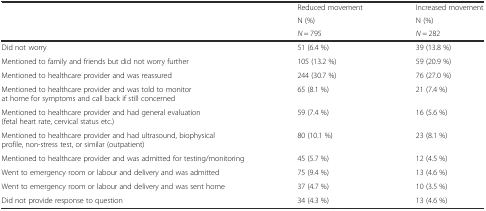
| <ROWSPAN=3>  | Reduced movement | Increased movement |
 | N (%) | N (%) |
 | N = 795 | N = 282 |
 | --- | --- | --- |
 | Did not worry | 51 (6.4 %) | 39 (13.8 %) |
 | Mentioned to family and friends but did not worry further | 105 (13.2 %) | 59 (20.9 %) |
 | Mentioned to healthcare provider and was reassured | 244 (30.7 %) | 76 (27.0 %) |
 | Mentioned to healthcare provider and was told to monitor at home for symptoms and call back if still concerned | 65 (8.1 %) | 21 (7.4 %) |
 | Mentioned to healthcare provider and had general evaluation (fetal heart rate, cervical status etc.) | 59 (7.4 %) | 16 (5.6 %) |
 | Mentioned to healthcare provider and had ultrasound, biophysical profile, non-stress test, or similar (outpatient) | 80 (10.1 %) | 23 (8.1 %) |
 | Mentioned to healthcare provider and was admitted for testing/monitoring | 45 (5.7 %) | 12 (4.5 %) |
 | Went to emergency room or labour and delivery and was admitted | 75 (9.4 %) | 13 (4.6 %) |
 | Went to emergency room or labour and delivery and was sent home | 37 (4.7 %) | 10 (3.5 %) |
 | Did not provide response to question | 34 (4.3 %) | 13 (4.6 %) |